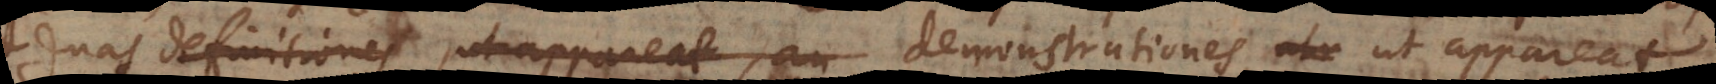
duas definitiones, ut appareat, an demonstrationes, Am Rande: